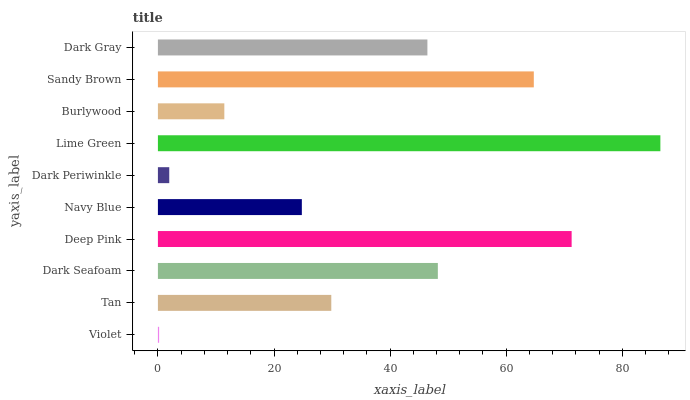
| yaxis_label | bars |
 | --- | --- |
 | Violet | 0.207 |
 | Tan | 29.9 |
 | Dark Seafoam | 48.2 |
 | Deep Pink | 71.3 |
 | Navy Blue | 24.8 |
 | Dark Periwinkle | 1.95 |
 | Lime Green | 86.6 |
 | Burlywood | 11.4 |
 | Sandy Brown | 64.8 |
 | Dark Gray | 46.4 |